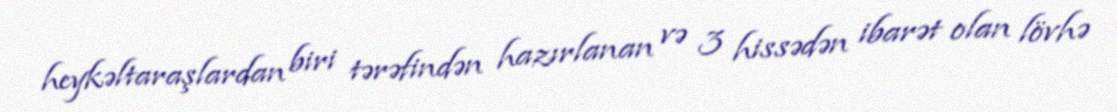
heykəltaraşlardan biri tərəfindən hazırlanan və 3 hissədən ibarət olan lövhə